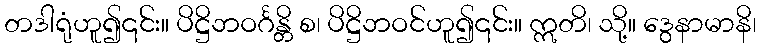
တဒါရုံဟူ၍၎င်း။ ပိဋ္ဌိဘဝင်္ဂန္တိ စ၊ ပိဋ္ဌိဘဝင်ဟူ၍၎င်း။ ဣတိ၊ သို့။ ဒွေနာမာနိ၊